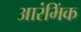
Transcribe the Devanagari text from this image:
आरंभिंक